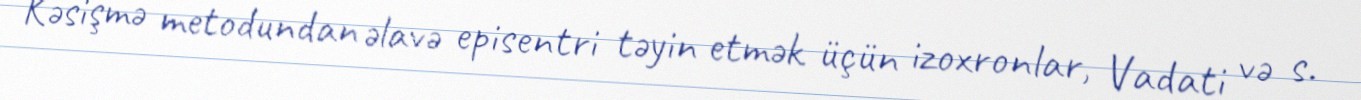
Kəsişmə metodundan əlavə episentri təyin etmək üçün izoxronlar, Vadati və s.